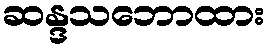
ဆန္ဒသဘောထား